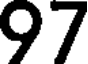
97